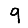
Digit: 9